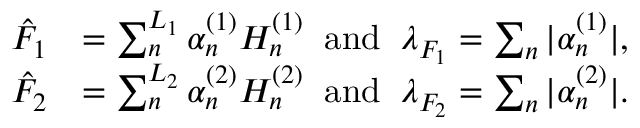
\begin{array} { r l } { \hat { F } _ { 1 } } & { = \sum _ { n } ^ { L _ { 1 } } \alpha _ { n } ^ { ( 1 ) } H _ { n } ^ { ( 1 ) } \; \; \mathrm { a n d } \; \; \lambda _ { F _ { 1 } } = \sum _ { n } | \alpha _ { n } ^ { ( 1 ) } | , } \\ { \hat { F } _ { 2 } } & { = \sum _ { n } ^ { L _ { 2 } } \alpha _ { n } ^ { ( 2 ) } H _ { n } ^ { ( 2 ) } \; \; \mathrm { a n d } \; \; \lambda _ { F _ { 2 } } = \sum _ { n } | \alpha _ { n } ^ { ( 2 ) } | . } \end{array}